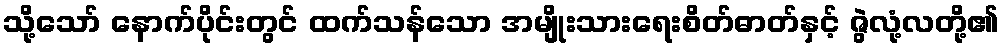
သို့သော် နောက်ပိုင်းတွင် ထက်သန်သော အမျိုးသားရေးစိတ်ဓာတ်နှင့် ဇွဲလုံ့လတို့၏